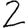
Digit: 2